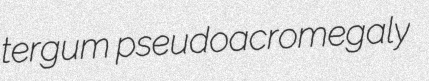
tergum pseudoacromegaly